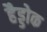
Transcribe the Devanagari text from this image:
हैड्डोक